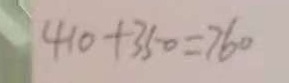
4 1 0 + 3 5 0 = 7 6 0